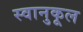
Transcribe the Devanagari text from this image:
स्वानुकूल